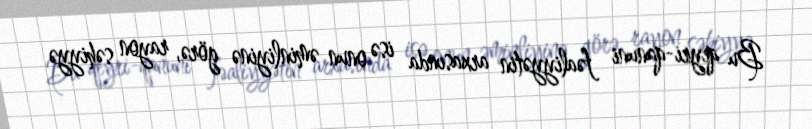
Bu qeyri-qanuni fəaliyyətin arxasında isə onun əminliyinə görə, rayon səhiyyə